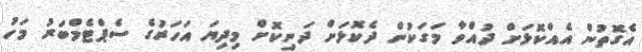
އެގޮތުން އެއްކޮޅަށް ދުއްވާ މަގަކުން ދެކޮޅަށް ދަނިކޮށް މިދިޔަ އަހަރުގެ ސެޕްޓެމްބަރު މަހު